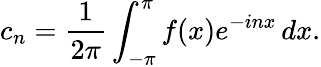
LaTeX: c_{n}={\frac{1}{2\pi}}\int_{-\pi}^{\pi}f(x)e^{-inx}\, dx.